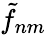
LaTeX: \tilde{f}_{nm}